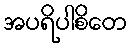
အပရိပါစိတေ